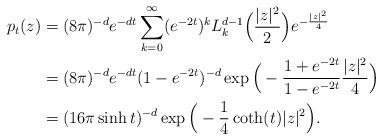
LaTeX: \begin{align*}p_t(z) & = (8\pi)^{-d} e^{-dt} \sum_{k=0}^\infty (e^{-2t})^k L_k^{d-1}\Big( \frac{|z|^2}{2}\Big) e^{-\frac{|z|^2}{4}} \\ & = (8\pi)^{-d} e^{-dt} (1-e^{-2t})^{-d}\exp\Big( - \frac{1+e^{-2t}}{1-e^{-2t}} \frac{|z|^2}{4}\Big) \\& = (16\pi \sinh t)^{-d} \exp\Big(-\frac 1 4 \coth(t)|z|^2 \Big).\end{align*}